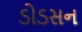
ડોડસન